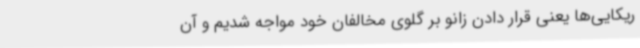
ریکایی‌ها یعنی قرار دادن زانو بر گلوی مخالفان خود مواجه شدیم و آن